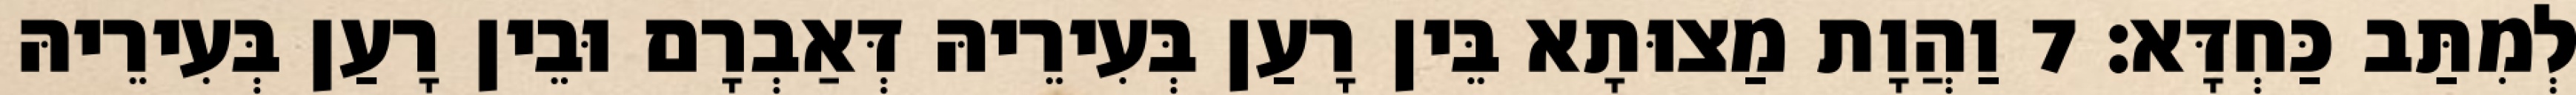
לְמִתַּב כַּחְדָּא׃ 7 וַהֲוָת מַצוּתָא בֵּין רָעַן בְּעִירֵיהּ דְּאַבְרָם וּבֵין רָעַן בְּעִירֵיהּ